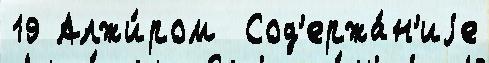
19 Алжи́ром  Сод'ержа́н'иjе